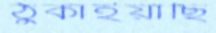
ঠুকাইয়াছি